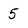
Character: 5